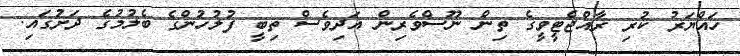
ހައްޔަރު ކުރި ރާއްޖެޓީވީގެ ތިން ނޫސްވެރިން އަދިވެސް ތިބީ ފުލުހުންގެ ބެލުމުގެ ދަށުގައި.